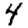
Digit: 4